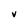
Character: v